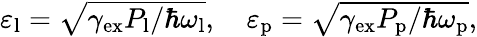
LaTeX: \begin{array}{r}{\varepsilon_{\mathrm{l}}=\sqrt{\gamma_{\mathrm{ex}}P_{\mathrm{l}}/\hbar\omega_{\mathrm{l}}},\quad\varepsilon_{\mathrm{p}}=\sqrt{\gamma_{\mathrm{ex}}P_{\mathrm{p}}/\hbar\omega_{\mathrm{p}}},}\end{array}